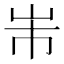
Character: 𭖐